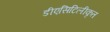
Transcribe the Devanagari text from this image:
डीएसिटिलीकृत